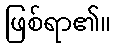
ဖြစ်ရာ၏။